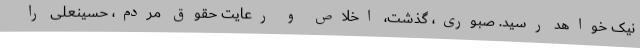
نیک خواهد رسید. صبوری، گذشت، اخلاص و رعایت حقوق مردم، حسینعلی را